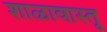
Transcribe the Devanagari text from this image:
शाळावास्तू